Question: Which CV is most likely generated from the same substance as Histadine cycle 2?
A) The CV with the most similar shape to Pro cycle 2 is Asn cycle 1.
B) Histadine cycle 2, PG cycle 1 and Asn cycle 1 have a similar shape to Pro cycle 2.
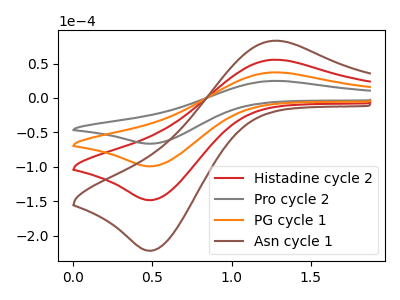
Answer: <think>The red curve "Histadine cycle 2" has an anodic peak at (1.25V, 74.50uA) and a cathodic peak at (0.50V, -198.65uA). The gray curve "Pro cycle 2" has an anodic peak at (1.25V, 24.90uA) and a cathodic peak at (0.50V, -66.45uA). The orange curve "PG cycle 1" has an anodic peak at (1.25V, 37.25uA) and a cathodic peak at (0.50V, -99.30uA). The brown curve "Asn cycle 1" has an anodic peak at (1.25V, 111.75uA) and a cathodic peak at (0.50V, -297.95uA).
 All the peaks in "Histadine cycle 2" have a peak in "Pro cycle 2" at the same potential. Every peak in "Histadine cycle 2" is higher than every peak in "Pro cycle 2". All the peaks in "Histadine cycle 2" have a peak in "PG cycle 1" at the same potential. Every peak in "Histadine cycle 2" is higher than every peak in "PG cycle 1". All the peaks in "Histadine cycle 2" have a peak in "Asn cycle 1" at the same potential. Every peak in "Histadine cycle 2" is lower than every peak in "Asn cycle 1". All the peaks in "Pro cycle 2" have a peak in "PG cycle 1" at the same potential. Every peak in "Pro cycle 2" is lower than every peak in "PG cycle 1". All the peaks in "Pro cycle 2" have a peak in "Asn cycle 1" at the same potential. Every peak in "Pro cycle 2" is lower than every peak in "Asn cycle 1". All the peaks in "PG cycle 1" have a peak in "Asn cycle 1" at the same potential. Every peak in "PG cycle 1" is lower than every peak in "Asn cycle 1".</think>
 <answer>B) "Histadine cycle 2", "PG cycle 1" and "Asn cycle 1" have a similar shape to "Pro cycle 2".</answer>
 <eval>B</eval>